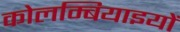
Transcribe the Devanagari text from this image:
कोलम्बियाइयों